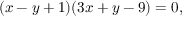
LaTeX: ( x - y + 1 ) ( 3 x + y - 9 ) = 0 ,